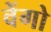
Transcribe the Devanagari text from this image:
वेंगो